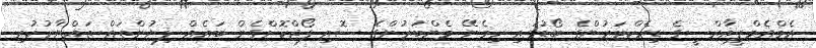
އެމްއެމްޕީއާރްސީގެ ޑިރެކްޓަރުންގެ ބޯޑުގައި ހިމެނޭ މެންބަރުންގެ ސޮއި ފޯޖްކޮށްގެން ބައެއް ލިޔުންތައް ތައްޔާރުކުރި